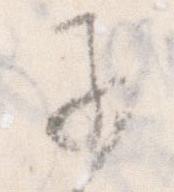
子